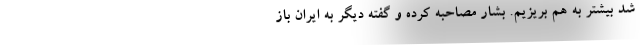
شد بیشتر به هم بریزیم. بشار مصاحبه کرده و گفته دیگر به ایران باز